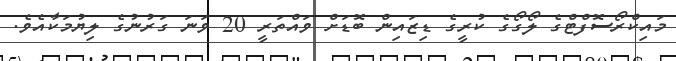
މައިކްރޯސޮފްޓްގެ ލޯގޯގެ ކުރީގެ ޑިޒައިން ބޮޑަށް ވައްތަރީ 20 ވަނަ ގަރުނުގެ ލިޔުމަކާއެވެ.